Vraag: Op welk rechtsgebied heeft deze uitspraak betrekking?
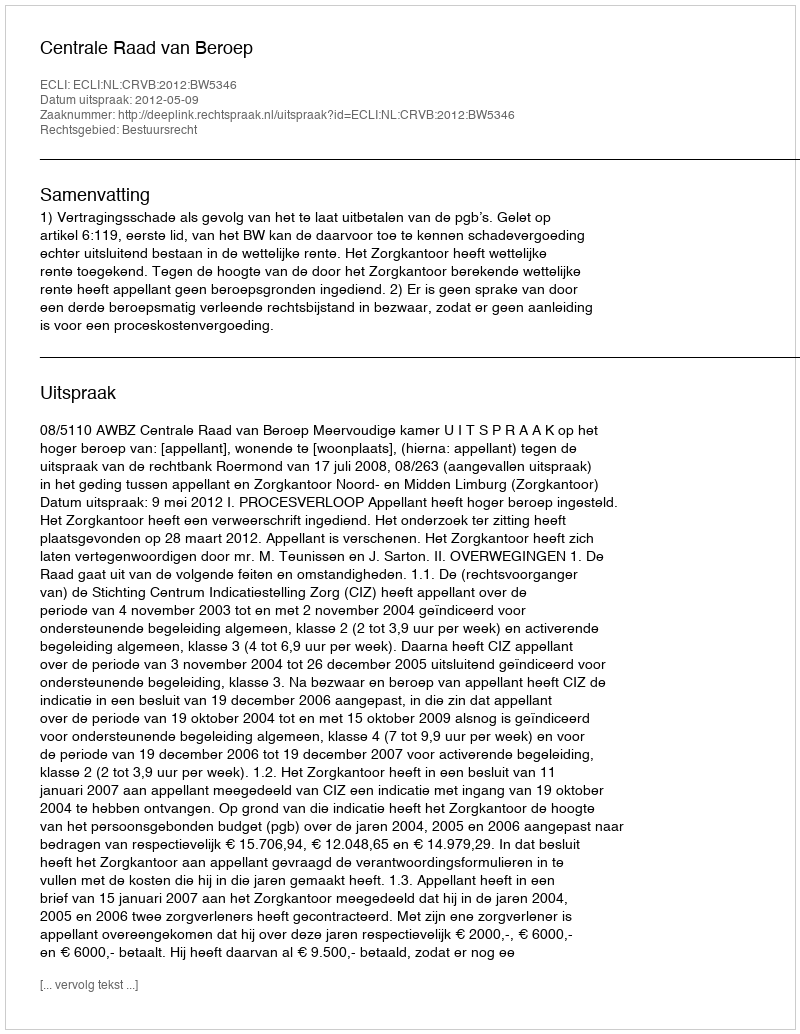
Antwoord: Bestuursrecht